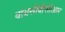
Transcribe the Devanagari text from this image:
वायसीबीसीआर